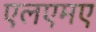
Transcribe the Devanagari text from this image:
एलएमए